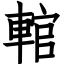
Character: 輨